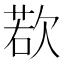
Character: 𪴰